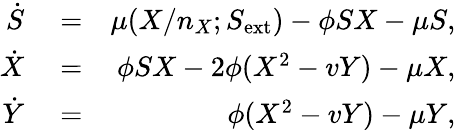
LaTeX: \begin{array}{rlr}{\dot{S}}&{{}=}&{\mu(X/n_{X};S_{\mathrm{ext}})-\phi SX-\mu S,}\\ {\dot{X}}&{{}=}&{\phi SX-2\phi(X^{2}-vY)-\mu X,}\\ {\dot{Y}}&{{}=}&{\phi(X^{2}-vY)-\mu Y,}\end{array}